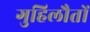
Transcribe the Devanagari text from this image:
गुहिलौतों